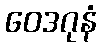
ဝေဒဂုနံ